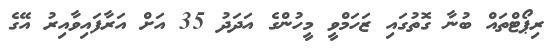
ރިޕޯޓްތައް ބުނާ ގޮތުގައި ޒަހަމްވީ މީހުންގެ އަދަދު 35 އަށް އަރާފައިވާއިރު އޭގެ